Annual report on the Civil Veterinary Department, Burma (including the Insein Veterinary School) - 1923-1931
Year: 1923
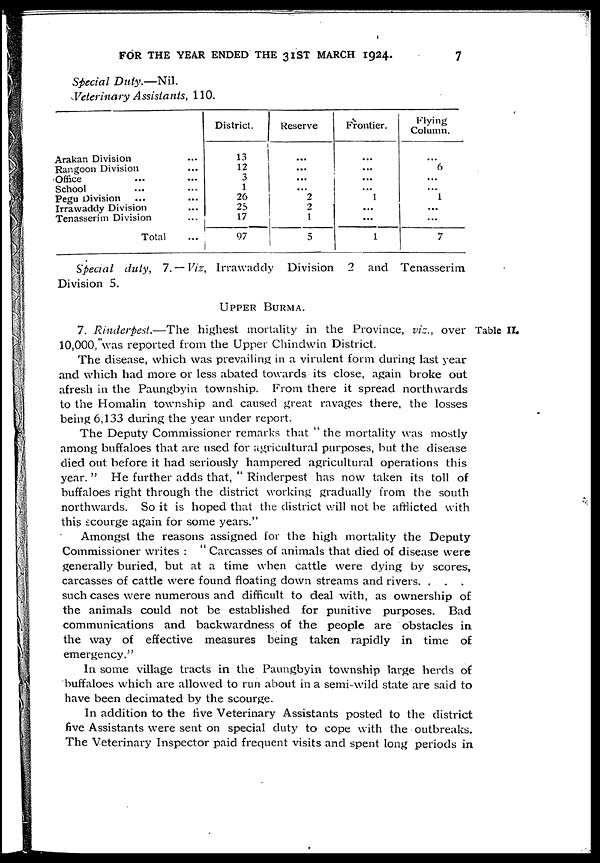
FOR THE YEAR ENDED THE 31ST MARCH 1924.
7
Special
Duty.—Nil.
Veterinary Assistants, 110.
Arakan Division ...
Rangoon Division ...
Office ... ...
School ... ...
Pegu Division ... ...
Irrawaddy Division ...
Tenasserim Division ...
Total ...
District.
13
12
3
1
26 25
17
97
Reserve
...
...
...
...
2
2
1
5
Frontier.
...
...
...
...
1
...
...
1
Flying
Column.
...
6
...
...
1
...
...
7
Special duty, 7.—Viz, Irrawaddy Division 2 and Tenasserim
Division 5.
UPPER BURMA.
Table II.
7. Rinderpest.—The
highest mortality in the Province, viz., over
10,000, was reported from the Upper Chindwin District.
The disease, which was prevailing in a virulent form during last year
and which had more or less abated towards its close, again broke out
afresh in the Paungbyin township. From there it spread northwards
to the Homalin township and caused great ravages there, the losses
being 6,133 during the year under report.
The Deputy Commissioner remarks that " the mortality was mostly
among buffaloes that are used for agricultural purposes, but the disease
died out before it had seriously hampered agricultural operations this
year. " He further adds that, " Rinderpest has now taken its toll of
buffaloes right through the district working gradually from the south
northwards. So it is hoped that the district will not be afflicted with
this scourge again for some years."
Amongst the reasons assigned for the high mortality the Deputy
Commissioner writes : " Carcasses of animals that died of disease were
generally buried, but at a time when cattle were dying by scores,
carcasses of cattle were found floating down streams and rivers. . . .
such cases were numerous and difficult to deal with, as ownership of
the animals could not be established for punitive purposes. Bad
communications and backwardness of the people are obstacles in
the way of effective measures being taken rapidly in time of
emergency."
In some village tracts in the Paungbyin township large herds of
buffaloes which are allowed to run about in a semi-wild state are said to
have been decimated by the scourge.
In addition to the five Veterinary Assistants posted to the district
five Assistants were sent on special duty to cope with the outbreaks.
The Veterinary Inspector paid frequent visits and spent long periods in